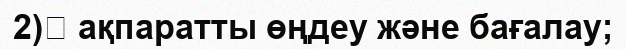
2)	 ақпаратты өңдеу және бағалау;